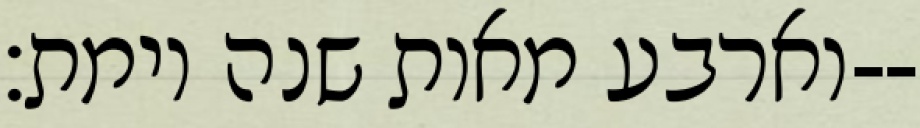
וארבע מאות שנה וימת׃--